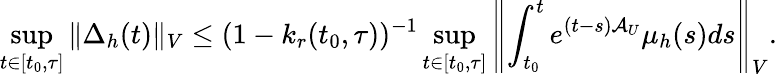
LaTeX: \operatorname*{sup}_{t\in[t_{0},\tau]}\Vert\Delta_{h}(t)\Vert_{V}\leq(1-k_{r}(t_{0},\tau))^{-1}\operatorname*{sup}_{t\in[t_{0},\tau]}\left\Vert\int_{t_{0}}^{t}e^{(t-s)\mathcal{A}_{U}}\mu_{h}(s)ds\right\Vert_{V}.